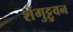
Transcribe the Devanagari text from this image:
शेंगुट्टुवन